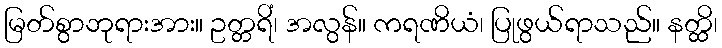
မြတ်စွာဘုရားအား။ ဥတ္တရိံ၊ အလွန်။ ကရဏိယံ၊ ပြုဖွယ်ရာသည်။ နတ္ထိ၊